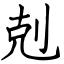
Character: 剋